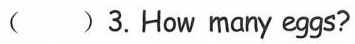
( )3.How many eggs?